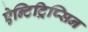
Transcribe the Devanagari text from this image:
ऐन्टिट्रिप्सिन